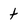
Character: t